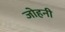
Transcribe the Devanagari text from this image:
जोहनी